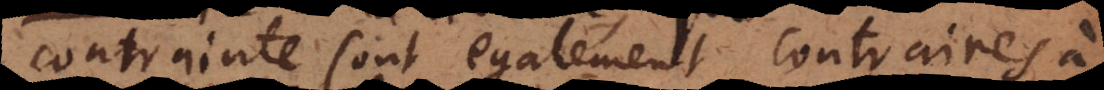
contrainte sont egalement contraires à